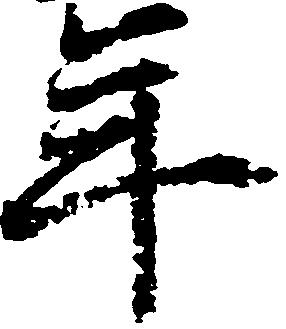
年